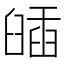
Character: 𦦈